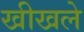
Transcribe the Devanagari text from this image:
खीखले